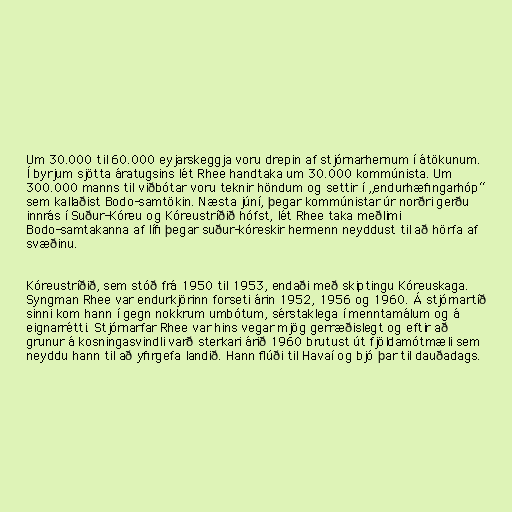
Um 30.000 til 60.000 eyjarskeggja voru drepin af stjórnarhernum í átökunum.
Í byrjum sjötta áratugsins lét Rhee handtaka um 30.000 kommúnista. Um
300.000 manns til viðbótar voru teknir höndum og settir í „endurhæfingarhóp“
sem kallaðist Bodo-samtökin. Næsta júní, þegar kommúnistar úr norðri gerðu
innrás í Suður-Kóreu og Kóreustríðið hófst, lét Rhee taka meðlimi
Bodo-samtakanna af lífi þegar suður-kóreskir hermenn neyddust til að hörfa af
svæðinu.

Kóreustríðið, sem stóð frá 1950 til 1953, endaði með skiptingu Kóreuskaga.
Syngman Rhee var endurkjörinn forseti árin 1952, 1956 og 1960. Á stjórnartíð
sinni kom hann í gegn nokkrum umbótum, sérstaklega í menntamálum og á
eignarrétti. Stjórnarfar Rhee var hins vegar mjög gerræðislegt og eftir að
grunur á kosningasvindli varð sterkari árið 1960 brutust út fjöldamótmæli sem
neyddu hann til að yfirgefa landið. Hann flúði til Havaí og bjó þar til dauðadags.